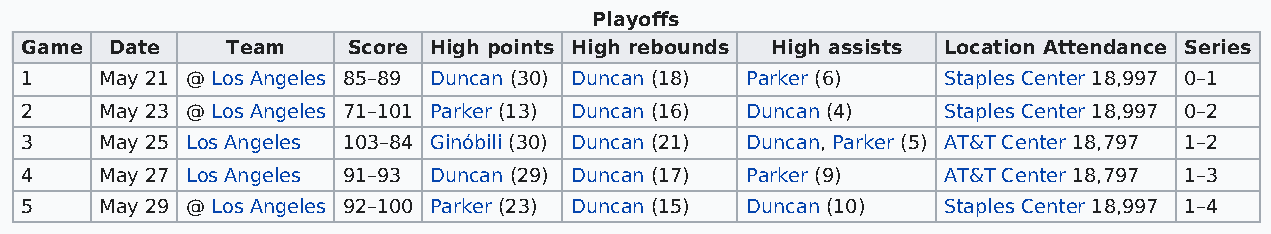
Playoffs
 Game  Date    Team    Score High points High rebounds High assists Location Attendance Series
 1     May 21 @ Los Angeles 85–89 Duncan (30) Duncan (18) Parker (6) Staples Center 18,997 0–1
 2     May 23 @ Los Angeles 71–101 Parker (13) Duncan (16) Duncan (4) Staples Center 18,997 0–2
 3     May 25 Los Angeles 103–84 Ginóbili (30) Duncan (21) Duncan, Parker (5) AT&T Center 18,797 1–2
 4     May 27 Los Angeles 91–93 Duncan (29) Duncan (17) Parker (9) AT&T Center 18,797 1–3
 5     May 29 @ Los Angeles 92–100 Parker (23) Duncan (15) Duncan (10) Staples Center 18,997 1–4